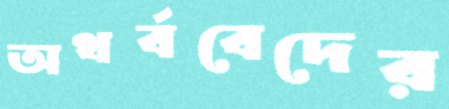
অথর্ববেদের